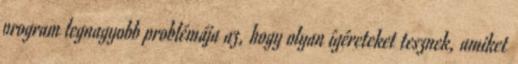
program legnagyobb problémája az, hogy olyan ígéreteket tesznek, amiket